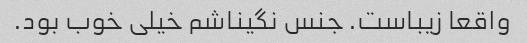
واقعا زیباست. جنس نگیناشم خیلی خوب بود.